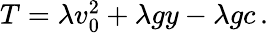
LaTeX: \begin{array}{r}{T=\lambda v_{0}^{2}+\lambda gy-\lambda gc\, .}\end{array}